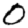
Digit: 0